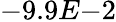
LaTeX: -9.9E{-2}